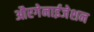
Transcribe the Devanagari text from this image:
औरगेनाईजेशन